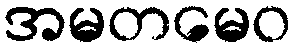
အမတမေဝ